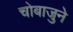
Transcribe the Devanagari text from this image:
चाेबाजुने